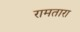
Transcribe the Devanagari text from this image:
रामतारा